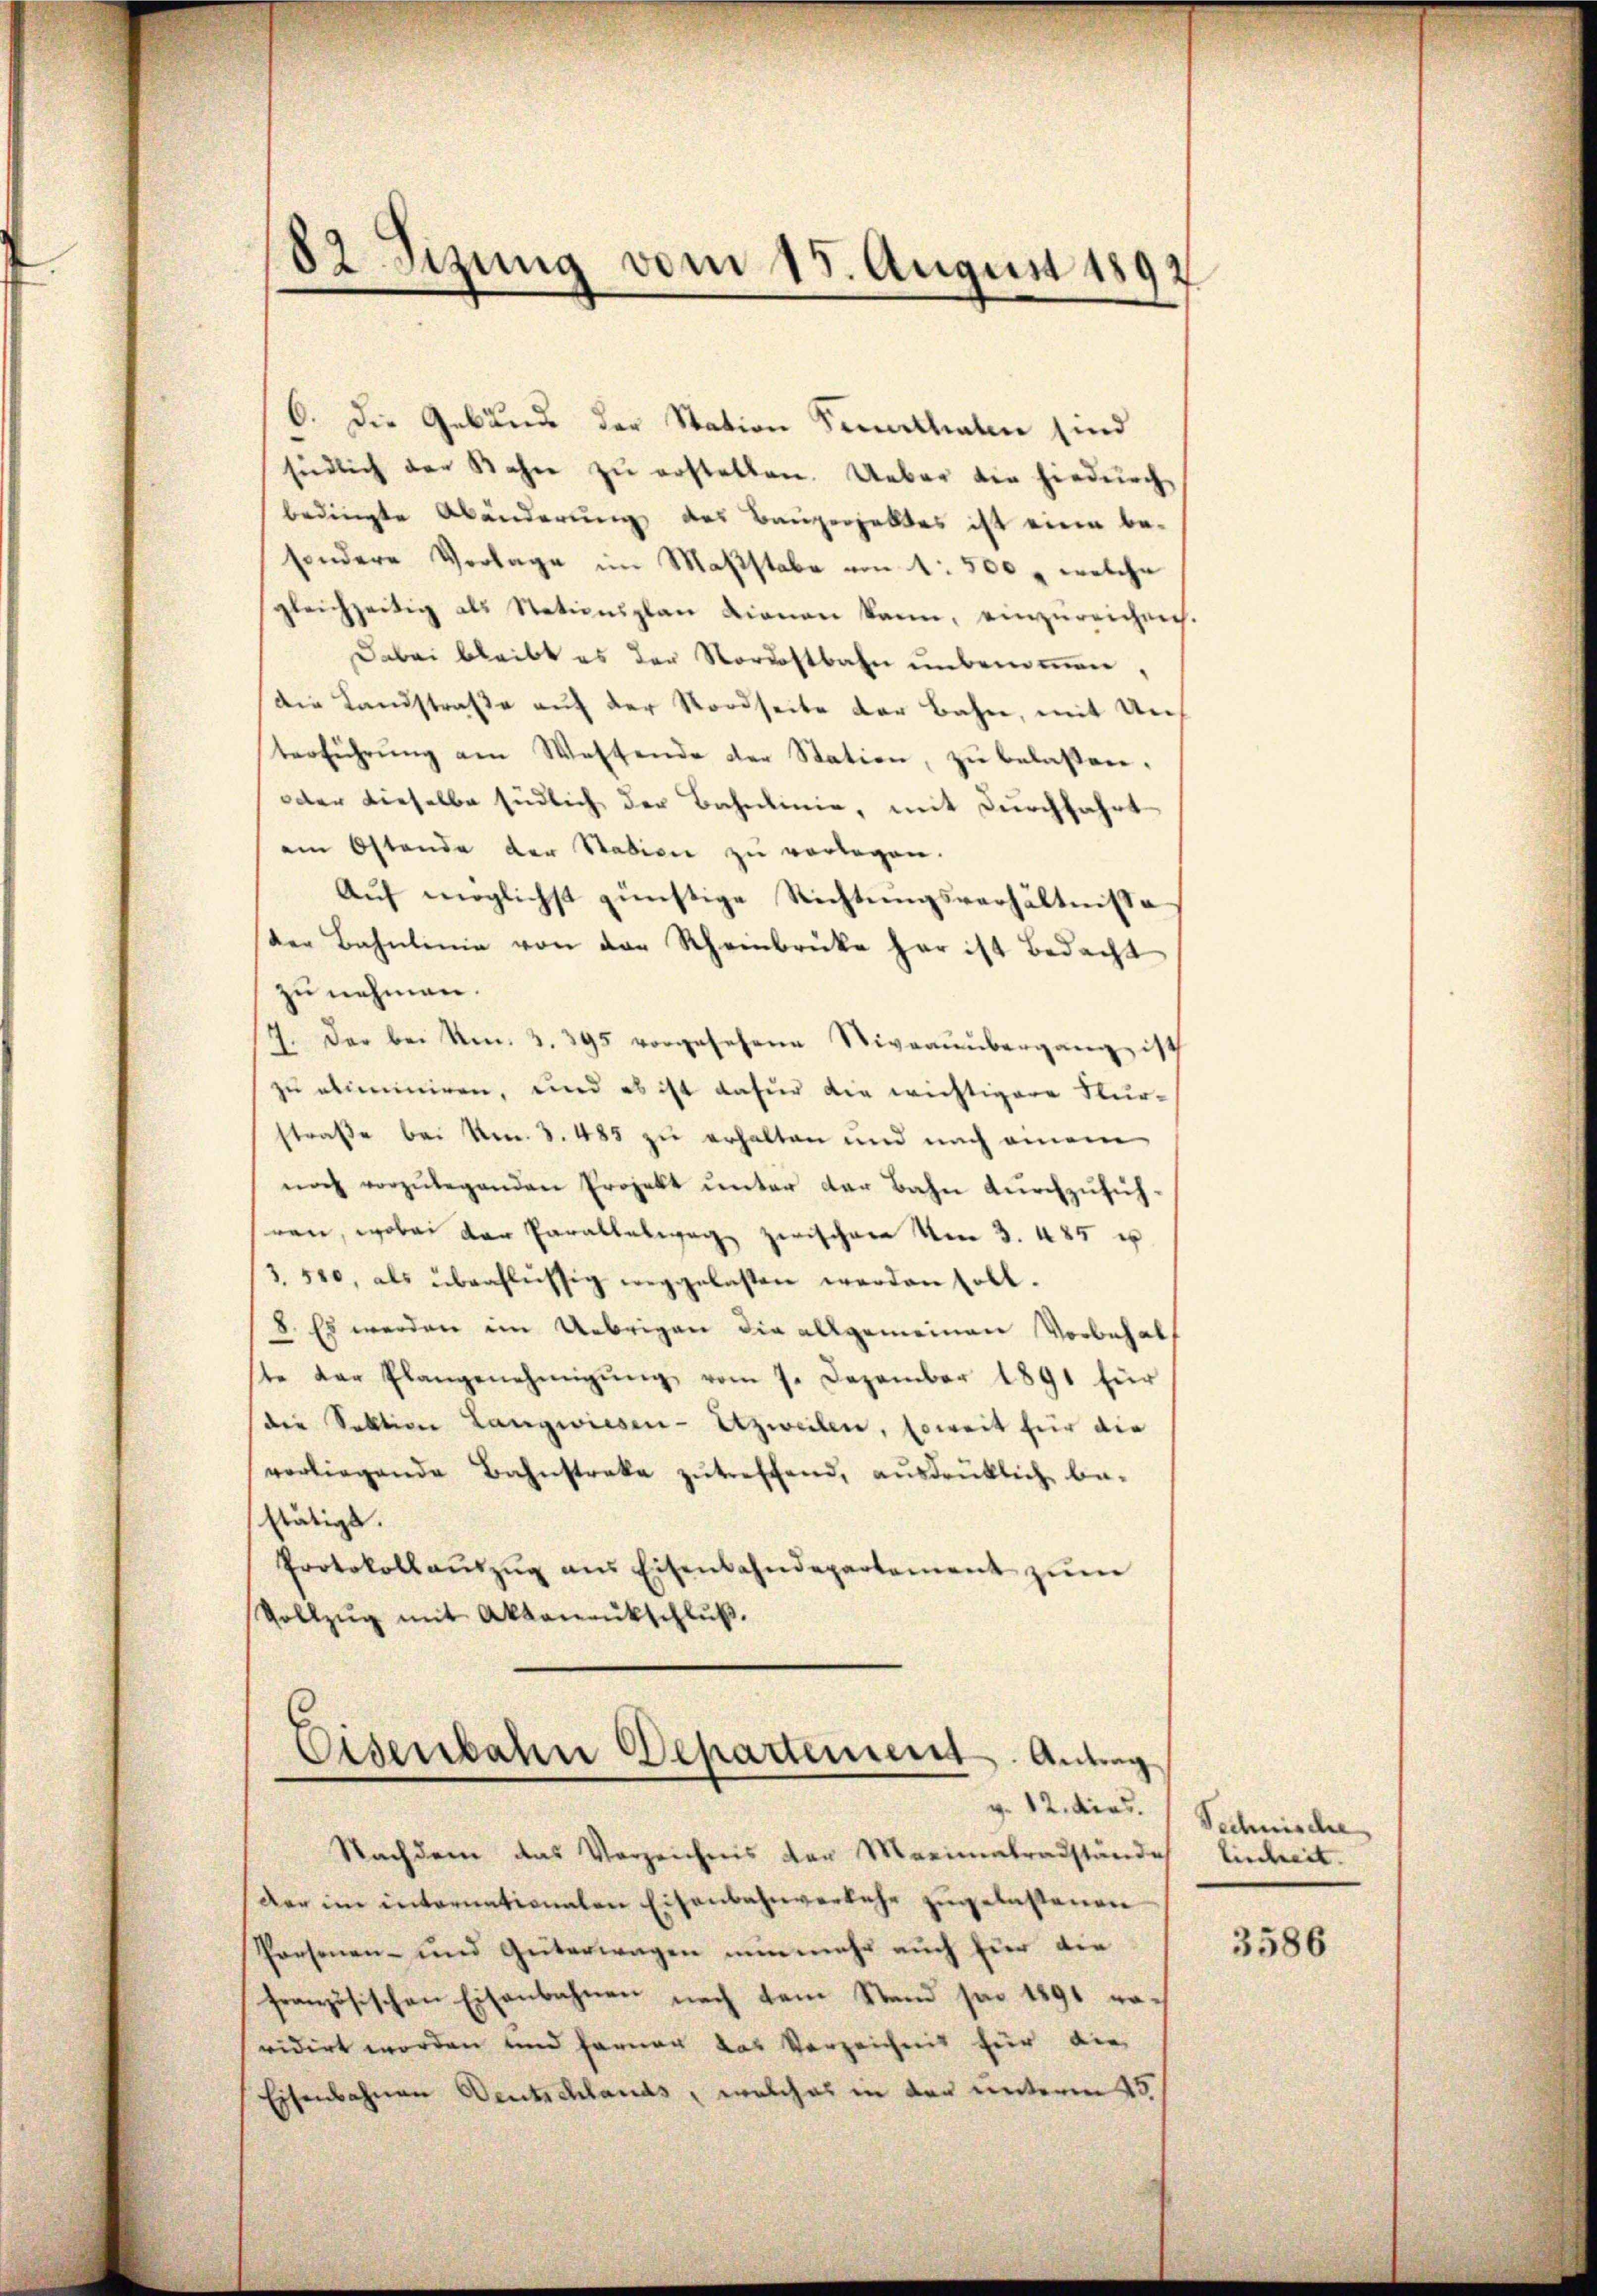
¬
oesizung vom 15. August 1892

6. Die Gebäude der Station Ferurthalen sind
siedlich der Bahn zŭ erstellen. Ueber die hiedurch
bedingte Abänderung des Baugerhaltes ist eine be-
sondere Verlage im Maßstabe von 1 500, welche
gleichzeitig als Stationsplan dienen kann, einzŭreichnis.
Dabei bleibt es der Nordostbahn unbenommen
die Landstraße auf der Nordseite der Bahne, mit Unterführŭng am Westende der Station, zŭ belassen,
oder dieselbe südlich der Bahnlinie, mit durchfahrt
ei Ostande der Stadien zu vorlagen.
Auf möglichst günstige Richtungsverhältnisse
der Bahnlinie von der Rheinbrücke har ist bedacht
zu nehmen.
7. Der bei Am. 2. 395 vorgesehene Niveaŭübergang ist
zu adminiren, und es ist dafür die wichtigere Kurstraße bei Nr. 3. 485 zu erhalten und nach einem
noch vorzŭlegenden Projekt ŭnter der Bahn dŭrchzŭfüh-
sren, wobei der Parallelweg zwischen Um 3. 485 u
3. 580, als überflüssig weggelasten werden soll.
8. Es werden im Uebrigen die allgemeinen Vorbehal
ste der Plangenehmigŭng vom 7. Dezember 1891 für
(die Sektion Langwiesen - Etzweilen, soweit für die
vorliegende Bahnstreke zŭtreffend, ausdrüklich be-
stätigt.
Protokollaŭszŭg ans Eisenbahndepartement zŭm
Vollzŭg mit Ablauenkschlŭβ.
Eisenbahn Departement. Antrag
v. 12. dies
Nachdem das Vorzeichnis der Marinabradstände Einheit.
(der im internationalen Eisenbahnverkehr zugelastenen
Personen- und Güterwagen nunmehr auch hier die
französischen Eisenbahnen nach dem Stand sei 1891 vovidirt worden und Farner das Verzeichnis für die
Eisenbahnen Deutschlands, welches in der unterm 15.

Technische

3586